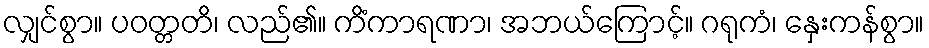
လျှင်စွာ။ ပဝတ္တတိ၊ လည်၏။ ကိံကာရဏာ၊ အဘယ်ကြောင့်။ ဂရုကံ၊ နှေးကန်စွာ။